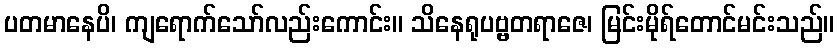
ပတမာနေပိ၊ ကျရောက်သော်လည်းကောင်း။ သိနေရုပဗ္ဗတရာဇေ၊ မြင်းမိုရ်တောင်မင်းသည်။